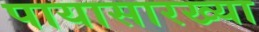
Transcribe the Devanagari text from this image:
पायासारख्या